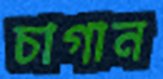
চাগান